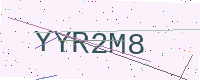
Text: YYR2M8